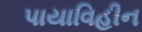
પાયાવિહીન